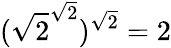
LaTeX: ({\sqrt{2}}^{\sqrt{2}})^{\sqrt{2}}=2